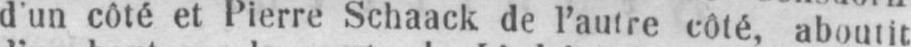
d’un côté et Pierre Schaack de l’autre côté aboutit